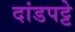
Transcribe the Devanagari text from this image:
दांडपट्टे